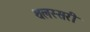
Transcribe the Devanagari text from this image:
थलस्सरी